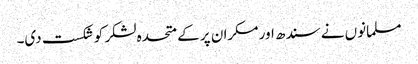
مسلمانوں نے سندھ اور مکران پر کے متحدہ لشکر کو شکست دی۔